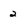
Character: 2